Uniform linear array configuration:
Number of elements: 32
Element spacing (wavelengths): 0.25
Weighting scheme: hann
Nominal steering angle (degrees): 30
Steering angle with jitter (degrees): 31.721
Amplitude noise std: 0.05
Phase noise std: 0.05

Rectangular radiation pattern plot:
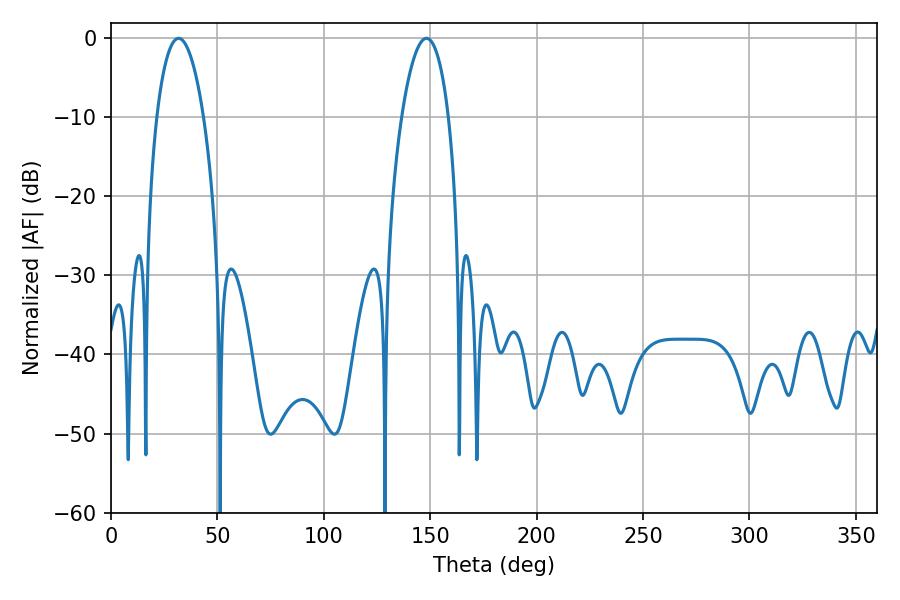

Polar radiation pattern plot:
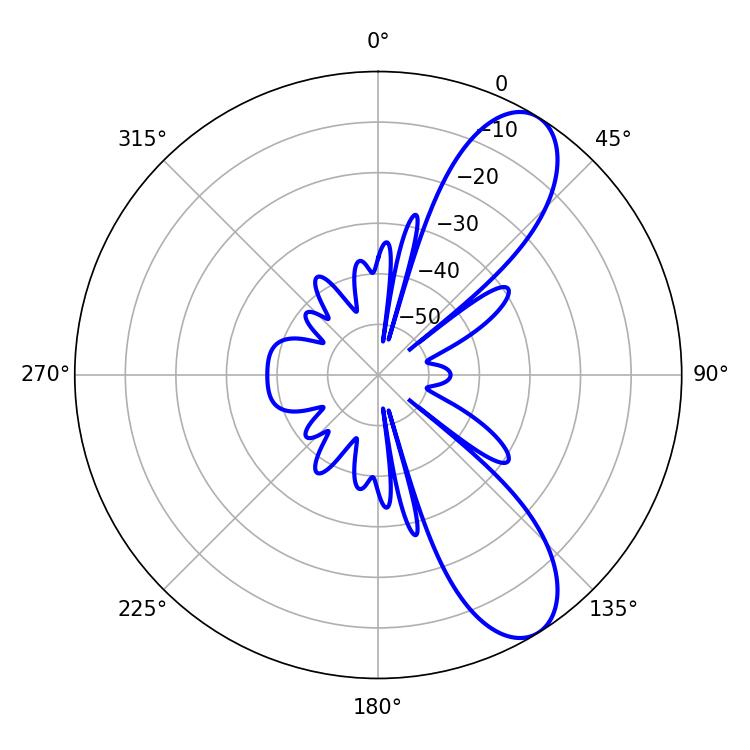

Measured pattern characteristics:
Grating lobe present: FALSE
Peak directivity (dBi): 9.171
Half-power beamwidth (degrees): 12.42
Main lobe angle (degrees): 31.68